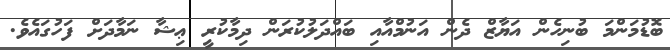
ބޮޑުމަންމަ ބުނިހެން އަޔާޒް ދެން އަނުމްއާއި ބައްދަލުކުރަން ދިމާކުރީ ޢިޝާ ނަމާދަށް ފަހުގައެވެ.